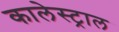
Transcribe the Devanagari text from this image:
कालेस्ट्राल